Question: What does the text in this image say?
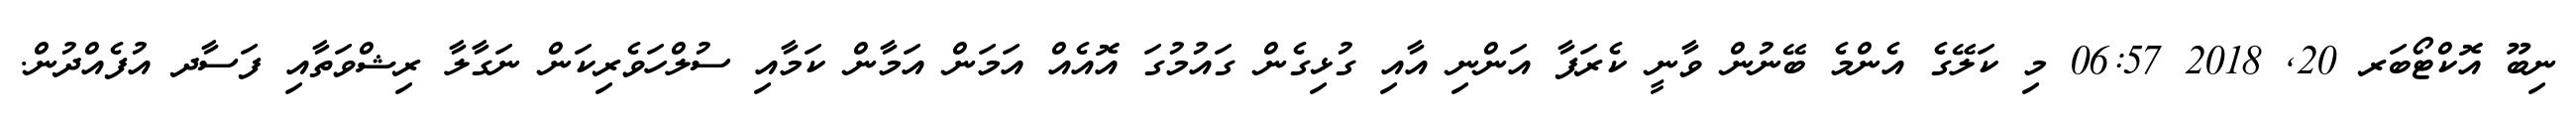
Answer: ނިބޫ އޮކްޓޯބަރ 20, 2018 06:57 މި ކަލޭގެ އެންމެ ބޭނުން ވާނީ ކެރަފާ އަންނި އާއި ގުޅިގެން ގައުމުގަ އޮއެއް އަމަން އަމާން ކަމާއި ސުލްހަވެރިކަން ނަގާލާ ރިޝްވަތާއި ފަސާދ އުފެއްދުން.